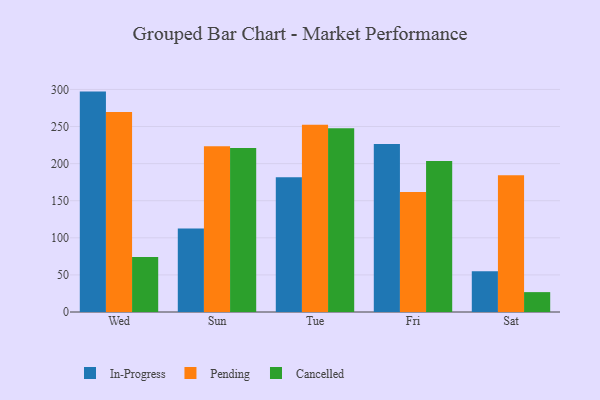
{"axis": {"x": "Day", "y": "Production Output"}, "legend": ["Cancelled", "In-Progress", "Pending"], "data": [{"x": "Wed", "y": 297.1, "type": "In-Progress"}, {"x": "Wed", "y": 269.6, "type": "Pending"}, {"x": "Wed", "y": 74.3, "type": "Cancelled"}, {"x": "Sun", "y": 112.7, "type": "In-Progress"}, {"x": "Sun", "y": 223.5, "type": "Pending"}, {"x": "Sun", "y": 221.1, "type": "Cancelled"}, {"x": "Tue", "y": 181.5, "type": "In-Progress"}, {"x": "Tue", "y": 252.3, "type": "Pending"}, {"x": "Tue", "y": 247.7, "type": "Cancelled"}, {"x": "Fri", "y": 226.6, "type": "In-Progress"}, {"x": "Fri", "y": 161.8, "type": "Pending"}, {"x": "Fri", "y": 203.5, "type": "Cancelled"}, {"x": "Sat", "y": 54.9, "type": "In-Progress"}, {"x": "Sat", "y": 184.5, "type": "Pending"}, {"x": "Sat", "y": 26.8, "type": "Cancelled"}]}